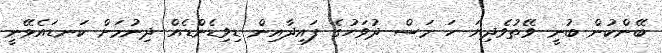
ބޭންކުން ބުނީ ވޭތުވެދިޔަ ހަ މަސް ދުވަހުގެ ފައިދާއިން ޑިވިޑެންޑެއް ދިނުމަށް ކަނޑައެޅޭނީ